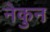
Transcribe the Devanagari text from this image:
नेकुन